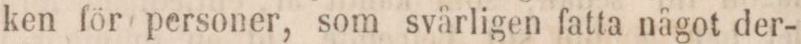
ken för personer, som svårligen fatta något der-